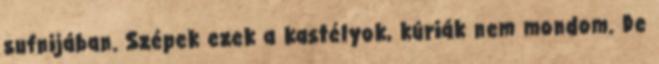
sufnijában. Szépek ezek a kastélyok, kúriák nem mondom. De